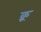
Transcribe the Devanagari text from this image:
क्र्र